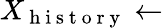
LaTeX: X_{\mathrm{~h~i~s~t~o~r~y~}}\leftarrow